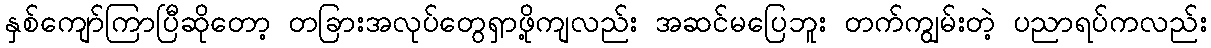
နှစ်ကျော်ကြာပြီဆိုတော့ တခြားအလုပ်တွေရှာဖို့ကျလည်း အဆင်မပြေဘူး တက်ကျွမ်းတဲ့ ပညာရပ်ကလည်း